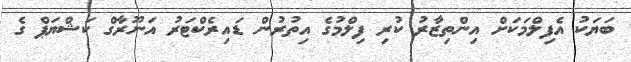
ބަޔަކު އެފިލްމަކަށް އިންތިޒާރު ކުރި ފިލްމުގެ އިތުރުން ޑައިރެކްޓަރު އަނޫރާގް ކަޝްޔަޕް ގެ